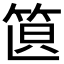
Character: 𥭣